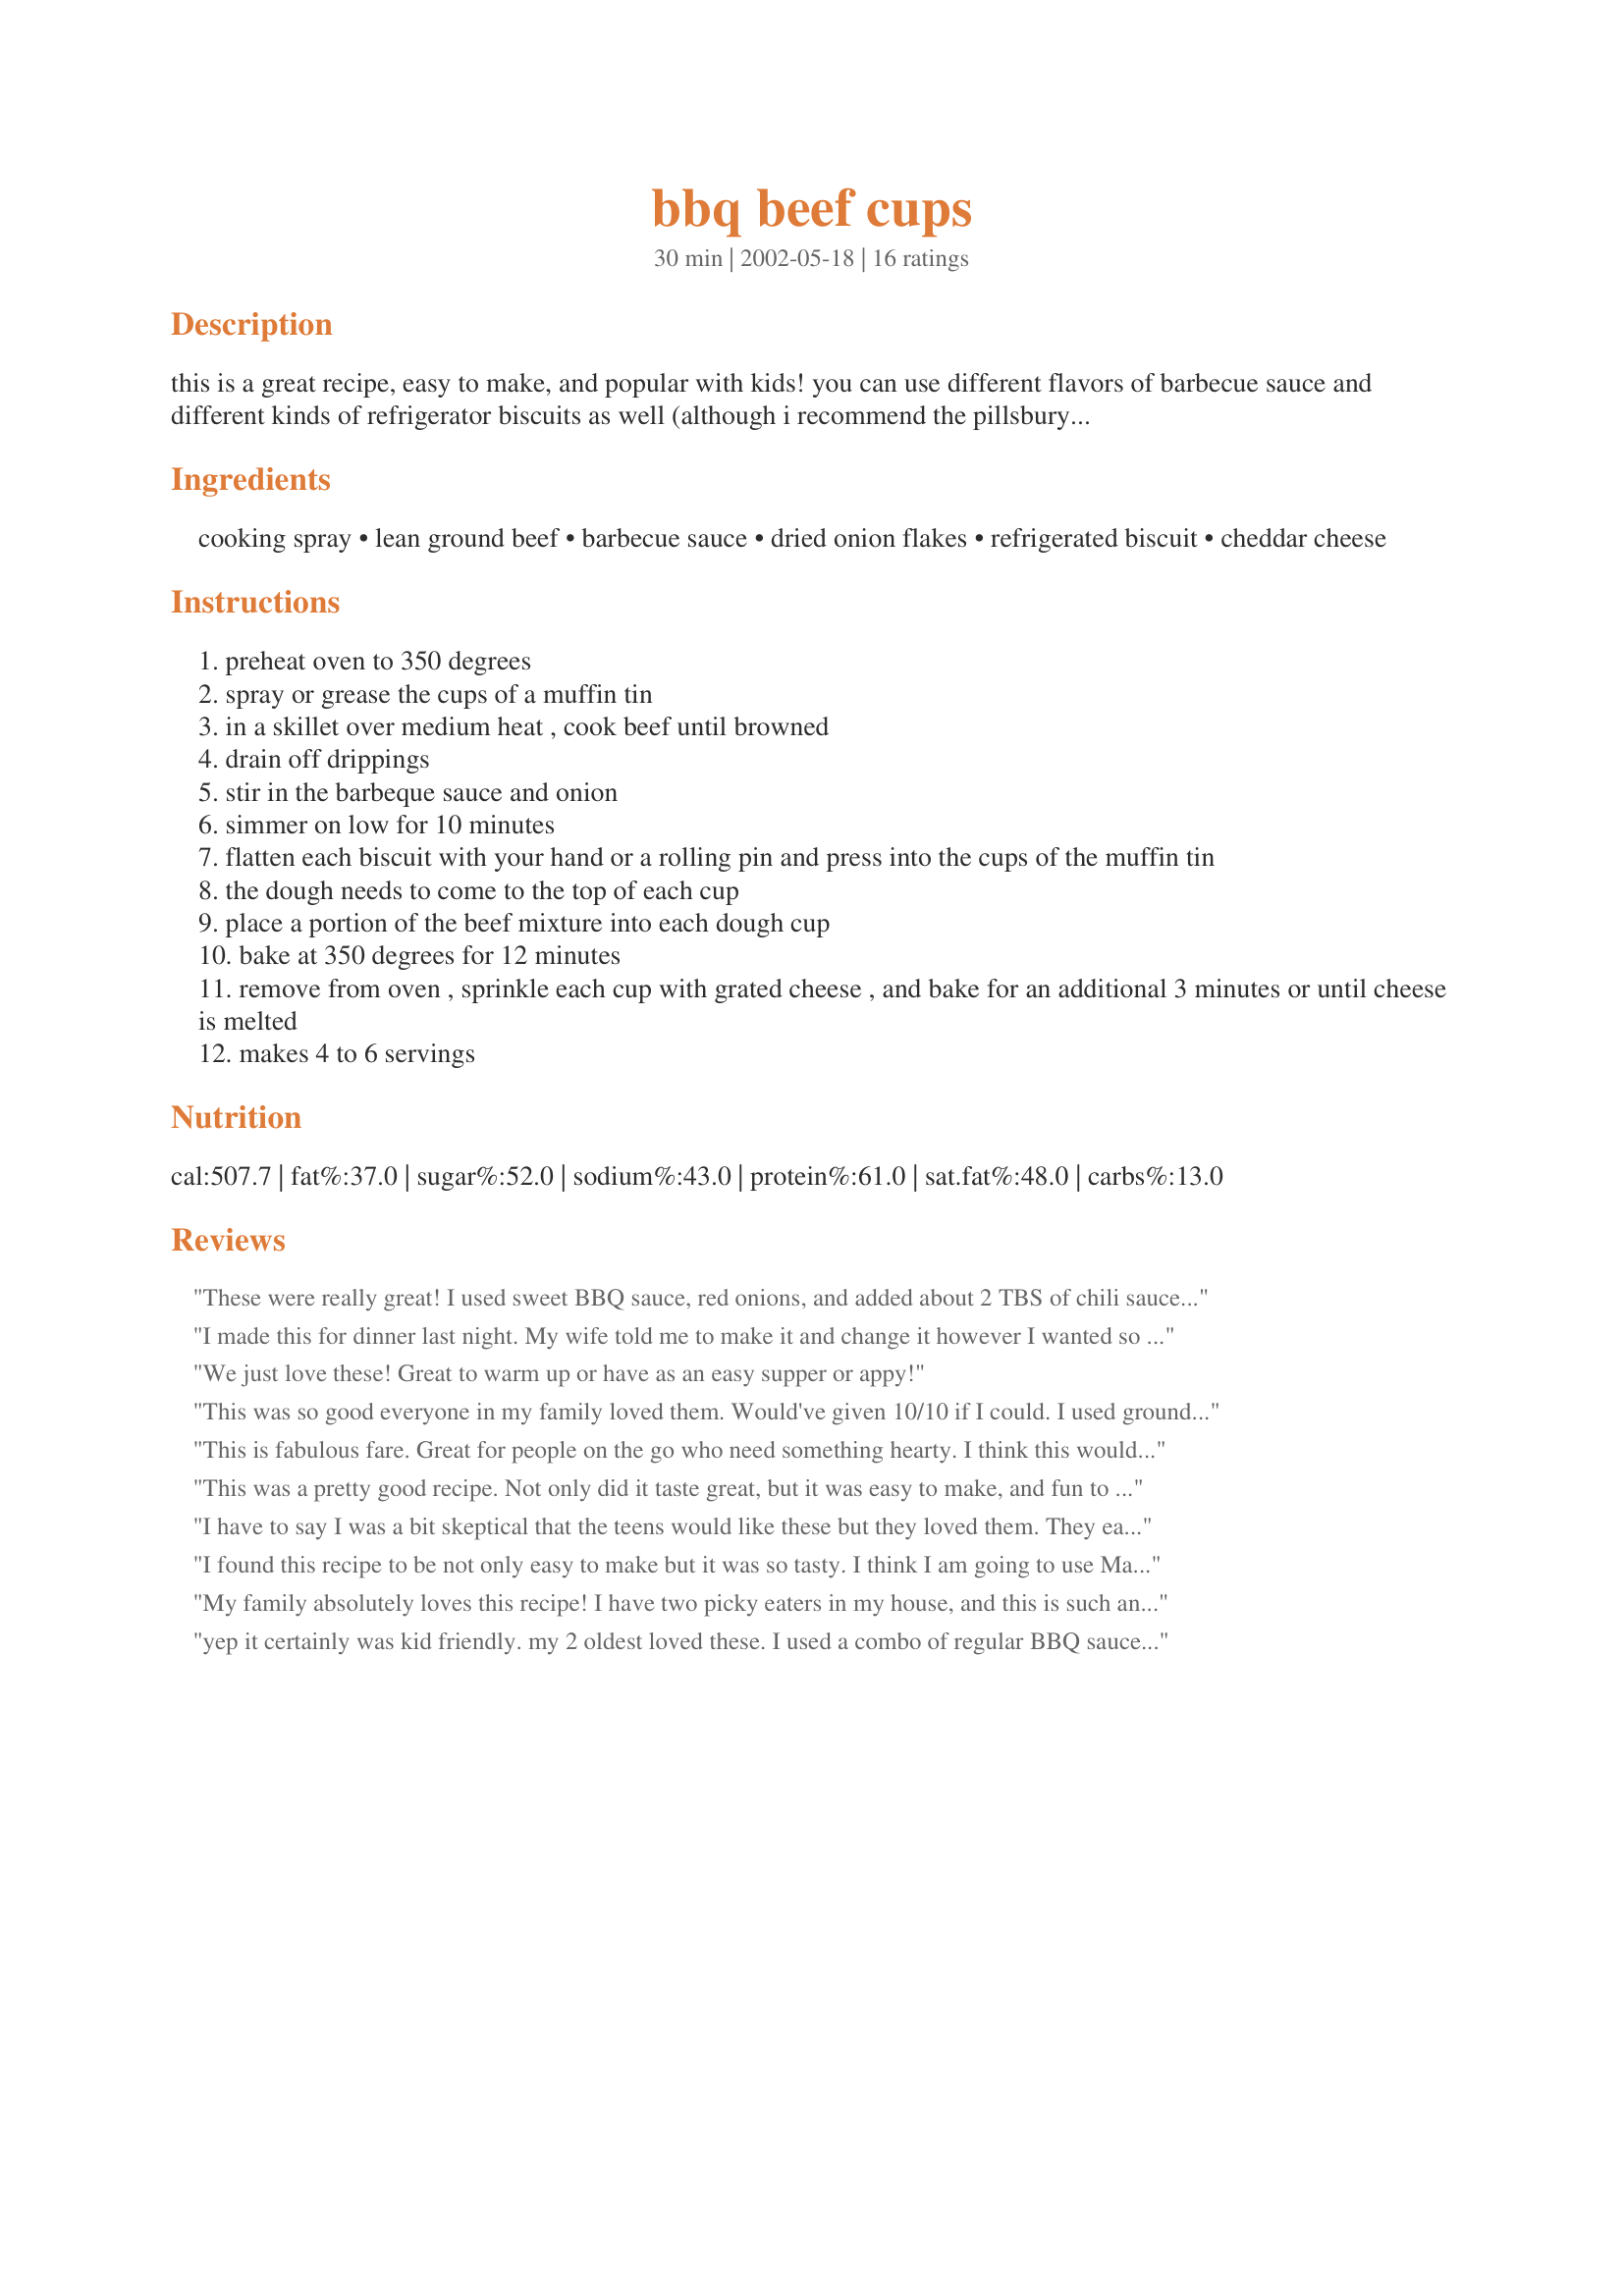
bbq beef cups
Preparation time: 30 minutes

this is a great recipe, easy to make, and popular with kids! you can use different flavors of barbecue sauce and different kinds of refrigerator biscuits as well (although i recommend the pillsbury grands sized ones as easiest to use).

Ingredients:
cooking spray, lean ground beef, barbecue sauce, dried onion flakes, refrigerated biscuit, cheddar cheese

Steps:
preheat oven to 350 degrees
spray or grease the cups of a muffin tin
in a skillet over medium heat , cook beef until browned
drain off drippings
stir in the barbeque sauce and onion
simmer on low for 10 minutes
flatten each biscuit with your hand or a rolling pin and press into the cups of the muffin tin
the dough needs to come to the top of each cup
place a portion of the beef mixture into each dough cup
bake at 350 degrees for 12 minutes
remove from oven , sprinkle each cup with grated cheese , and bake for an additional 3 minutes or until cheese is melted
makes 4 to 6 servings

Reviews:
These were really great! I used sweet BBQ sauce, red onions, and added about 2 TBS of chili sauce for a kick. YUM!
I made this for dinner last night. My wife told me to make it and change it however I wanted so I made half of the cups with barbeque sauce and half with A1 steak sauce. Both flavors were very good. The beef cups are very easy to make and are good as lunch the next day too.
We just love these! Great to warm up or have as an easy supper or appy!
This was so good everyone in my family loved them. Would've given 10/10 if I could.
I used ground turkey and homemade onion soup mix (3T of mix & 1C water)and doubled the barbecue sauce to stretch it a little bit more. I also used ABM *wonder bread cc recipe in place of the refrigerated biscuits since I didn't have any left. PM me if you need instructions on the bread. It's really easy and quick.
If you're frugal or on a budget this is great served with green beans & a light salad.
This is fabulous fare. Great for people on the go who need something hearty. I think this would be a hit with kids. Also, an easy recipe they can help prepare. I used more onion and no cheese and it just tastes fabulous. I had some steamed veggies on the side. Thanks for a delicious dinner in a cup. :)
This was a pretty good recipe. Not only did it taste great, but it was easy to make, and fun to eat! You end up with a barbeque filled biscuit/muffin thingy. My daughter loved this since she could somewhat eat it with her hands, and it really IS easy to take to work with you. I give it 4 stars cause it's a great recipe I'll probably make again.
I have to say I was a bit skeptical that the teens would like these but they loved them. They each ate 3!!! They called them "mini-meat-muffins" and discussed alliteration all through dinner. :-) I had the ground beef pre-cooked, so this was a fast, easy, delicious meal! Thanks!
I found this recipe to be not only easy to make but it was so tasty. I think I am going to use Manwich next time I make it instead of the bbq sauce and serve it up with french fries again.
My family absolutely loves this recipe! I have two picky eaters in my house, and this is such an easy pleaser around here! Fast, easy and tasty - what else could you ask for?! They heat up very well for leftovers for lunches too.
yep it certainly was kid friendly. my 2 oldest loved these. I used a combo of regular BBQ sauce and honey BBQ sauce as that is what I had on hand. Very easy to fix and a nice change of pace. I fixed some mixed veggies and dinner was served. Thank you for a great recipe.
My sister just whipped up a batch of these cups and they are really quite good. Nice for kids, snacks or just something different. Good blend of flavors and nice to have it come in it's own "container" for eating while standing.


My husband loves these !! I use rhoades frozen dinner rolls instead of biscuits.When they thaw i push the center part up the sides of the muffin pan and fill with meat pushing it down with a spoon.This makes it easier to eat and less messy because the filling stays in the dough.Great to take for lunches.My husband eats them cold,room temp or heated .
Really good and easy. I made this for Freeze It Tag, so we ate some straight from the oven, and I wrestled a few away from the family to freeze for later. While the proper way to reheat these would be to thaw in the fridge and warm in a 350 degree oven, I have to admit we just nuked them in the microwave on defrost setting until hot. Easy, fast and no complaints. Would be a great recipe for the kids to make and to keep on hand for light meals or snacks. We used cheddar Grands biscuits which worked very nicely. Thanks, Julesong, for posting!
These were delicious! I love how quick and easy they are to make.
I have made this for years. It is a favorite of my sons. He can eat it with his hands, he can add more cheese and ketchup if he likes, and we adults like it too. A very quick filling meal when a salad is added. Thanks for sharing!
I've made these a bunch of times, but am just now reviewing them (shame on me!) These "cups" are easy to throw together and dh and the kids really like them. I use the Grands biscuits as suggested and flatten them out by pinching them so that they fit nicely in the muffin tins. I also find I need just a touch more bbq sauce than the recipe calls for. I've made them with both fresh onion or dried. I like the fresh better, but dried works well too. Thanks Julesong for an easy family recipe!
